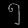
Digit: ၅